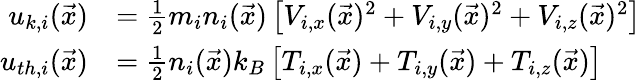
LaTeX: \begin{array}{rl}{u_{k,i}(\vec{x})}&{=\frac{1}{2}m_{i}n_{i}(\vec{x})\left[V_{i,x}(\vec{x})^{2}+V_{i,y}(\vec{x})^{2}+V_{i,z}(\vec{x})^{2}\right]}\\ {u_{th,i}(\vec{x})}&{=\frac{1}{2}n_{i}(\vec{x})k_{B}\left[T_{i,x}(\vec{x})+T_{i,y}(\vec{x})+T_{i,z}(\vec{x})\right]}\end{array}